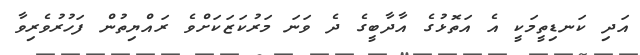
އަދި ކަނޑިތީމަކީ އެ އަތޮޅުގެ އާދާބީގެ ދެ ވަނަ މަރުކަޒަކަށްވެ ރައްޔިތުން ފަހުރުވެރިވާ